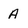
Character: A